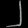
Digit: ၂